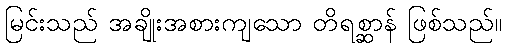
မြင်းသည် အချိုးအစားကျသော တိရစ္ဆာန် ဖြစ်သည်။